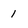
Character: 1